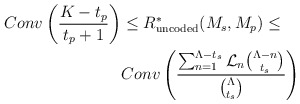
\begin{align*} Conv \left( \frac{K-t_p}{t_p+1} \right) & \leq R^{*}_{\textrm{uncoded}}(M_s,M_p) \leq \\ & Conv \left( \frac{\sum_{n=1}^{\Lambda-t_s}\mathcal{L}_n\binom{\Lambda-n}{t_s}}{\binom{\Lambda}{t_s}} \right)\end{align*}